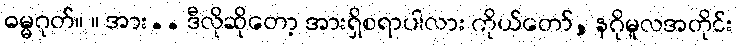
ဓမ္မဂုတ်။ ။ အား.. ဒီလိုဆိုတော့ အားရှိစရာပါလား ကိုယ်တော်, နဂိုမူလအတိုင်း